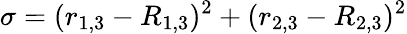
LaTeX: \sigma=(r_{1,3}-R_{1,3})^{2}+(r_{2,3}-R_{2,3})^{2}